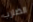
الضارب